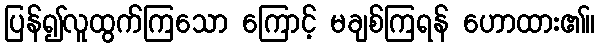
ပြန်၍လူထွက်ကြသော ကြောင့် မချစ်ကြရန် ဟောထား၏။